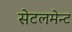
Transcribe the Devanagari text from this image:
सेटलमेन्ट